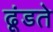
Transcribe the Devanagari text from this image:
ढूंडते